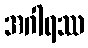
အဂါရဿ